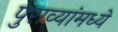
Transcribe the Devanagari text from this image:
पुराव्यांमध्ये